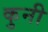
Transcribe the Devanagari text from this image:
कुनी